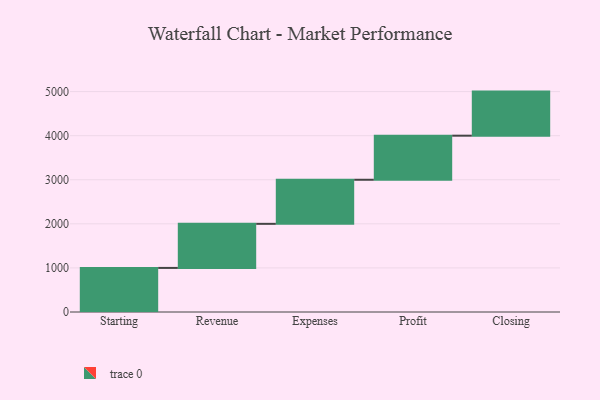
{"axis": {"x": "Step", "y": "Value"}, "legend": [""], "data": [{"x": "Starting", "y": 1000, "type": ""}, {"x": "Revenue", "y": 1000, "type": ""}, {"x": "Expenses", "y": 1000, "type": ""}, {"x": "Profit", "y": 1000, "type": ""}, {"x": "Closing", "y": 1000, "type": ""}]}